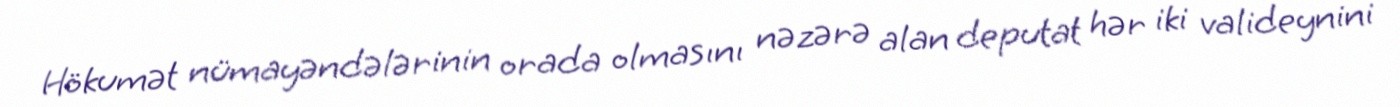
Hökumət nümayəndələrinin orada olmasını nəzərə alan deputat hər iki valideynini